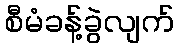
စီမံခန့်ခွဲလျက်